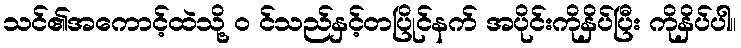
သင်၏အကောင့်ထဲသို့ ၀ င်သည်နှင့်တပြိုင်နက် အပိုင်းကိုနှိပ်ပြီး ကိုနှိပ်ပါ။